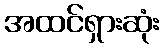
အထင်ရှားဆုံး